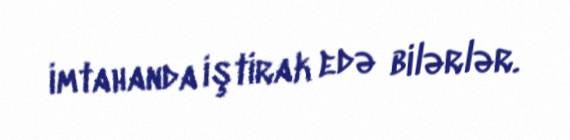
imtahanda iştirak edə bilərlər.